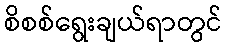
စိစစ်ရွေးချယ်ရာတွင်